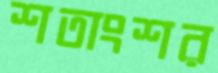
শতাংশর